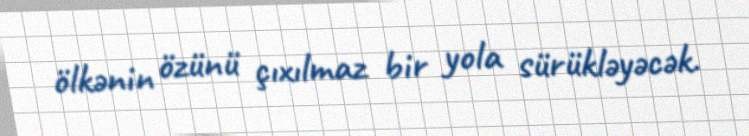
ölkənin özünü çıxılmaz bir yola sürükləyəcək.